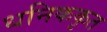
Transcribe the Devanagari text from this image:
धनिककृत